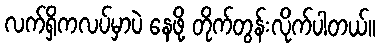
လက်ရှိကလပ်မှာပဲ နေဖို့ တိုက်တွန်းလိုက်ပါတယ်။